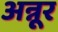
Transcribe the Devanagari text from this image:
अन्नूर